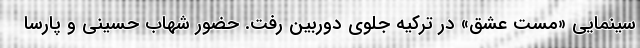
سینمایی «مست عشق» در ترکیه جلوی دوربین رفت. حضور شهاب حسینی و پارسا